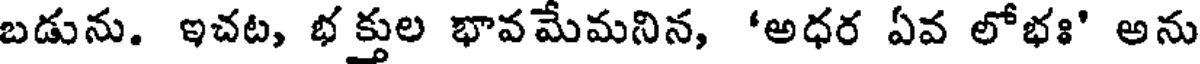
బడును. ఇచట, భ క్తుల భావమేమనిన, 'అధర ఏవ లోభః' అను